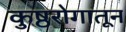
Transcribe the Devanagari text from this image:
कुष्ठरोगातून